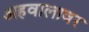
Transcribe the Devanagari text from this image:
अहवालावर